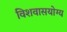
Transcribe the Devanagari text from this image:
विशवासयोग्य